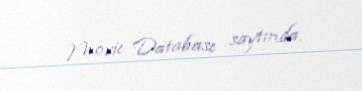
Movie Database saytında.